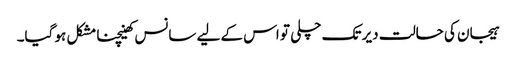
ہیجان کی حالت دیر تک چلی تو اس کے لیے سانس کھینچنا مشکل ہو گیا۔